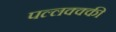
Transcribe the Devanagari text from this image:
पल्लक्क्की